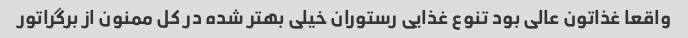
واقعا غذاتون عالی بود تنوع غذایی رستوران خیلی بهتر شده در کل ممنون از برگراتور